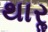
થારૢ